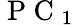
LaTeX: \mathrm{~P~C~}_{1}